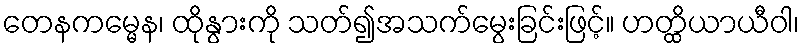
တေနကမ္မေန၊ ထိုနွားကို သတ်၍အသက်မွေးခြင်းဖြင့်။ ဟတ္ထိယာယီဝါ၊